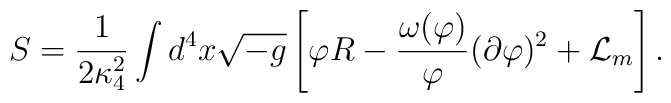
S = \frac{1}{2\kappa_4^2}\int d^4 x \sqrt{-g}\left[\varphi R -\frac{\omega(\varphi)}{\varphi}         (\partial \varphi)^2 + {\cal L}_m\right].